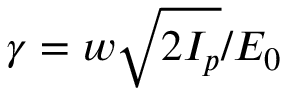
\gamma = w \sqrt { 2 I _ { p } } / E _ { 0 }